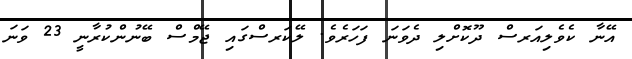
އޭނާ ކެވެލިއަރސް ދޫކޮށްލި ދެވަނަ ފަހަރެވެ. ލޭކަރސްގައި ޖޭމްސް ބޭނުންކުރާނީ 23 ވަނަ